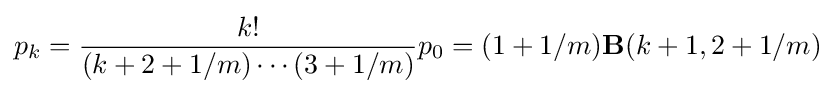
p_{k}={\frac {k!}{(k+2+1/m)\cdots (3+1/m)}}p_{0}=(1+1/m)\mathbf {B} (k+1,2+1/m)